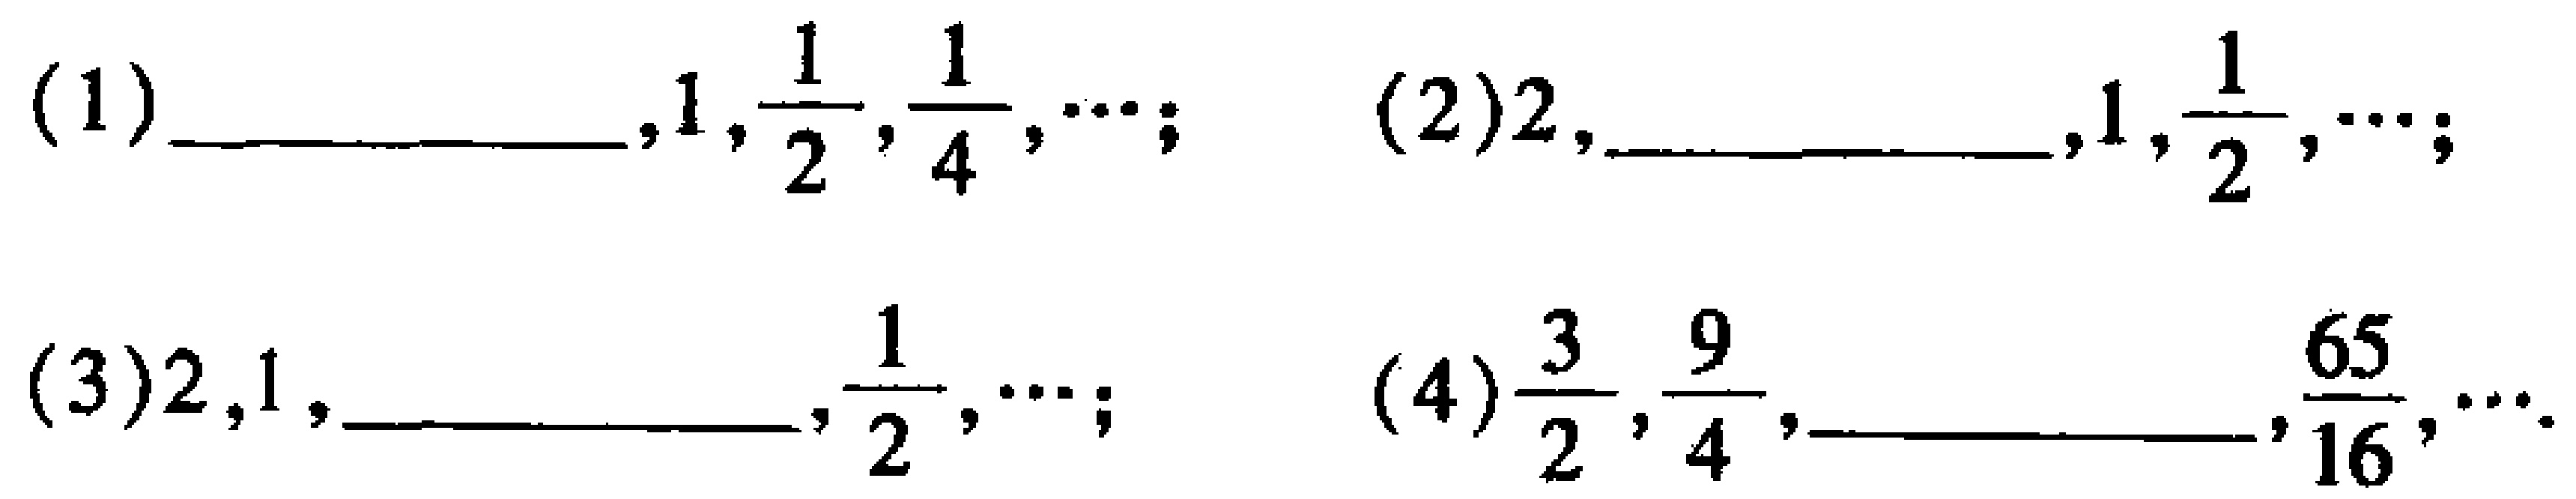
(1) \underline{\qquad}, \(1,\frac{1}{2},\frac{1}{4},\cdots\); (2) \(2,\underline{\qquad},1,\frac{1}{2},\cdots\);
(3) \(2,1,\underline{\qquad},\frac{1}{2},\cdots\); (4) \(\frac{3}{2},\frac{9}{4},\underline{\qquad},\frac{65}{16},\cdots\)